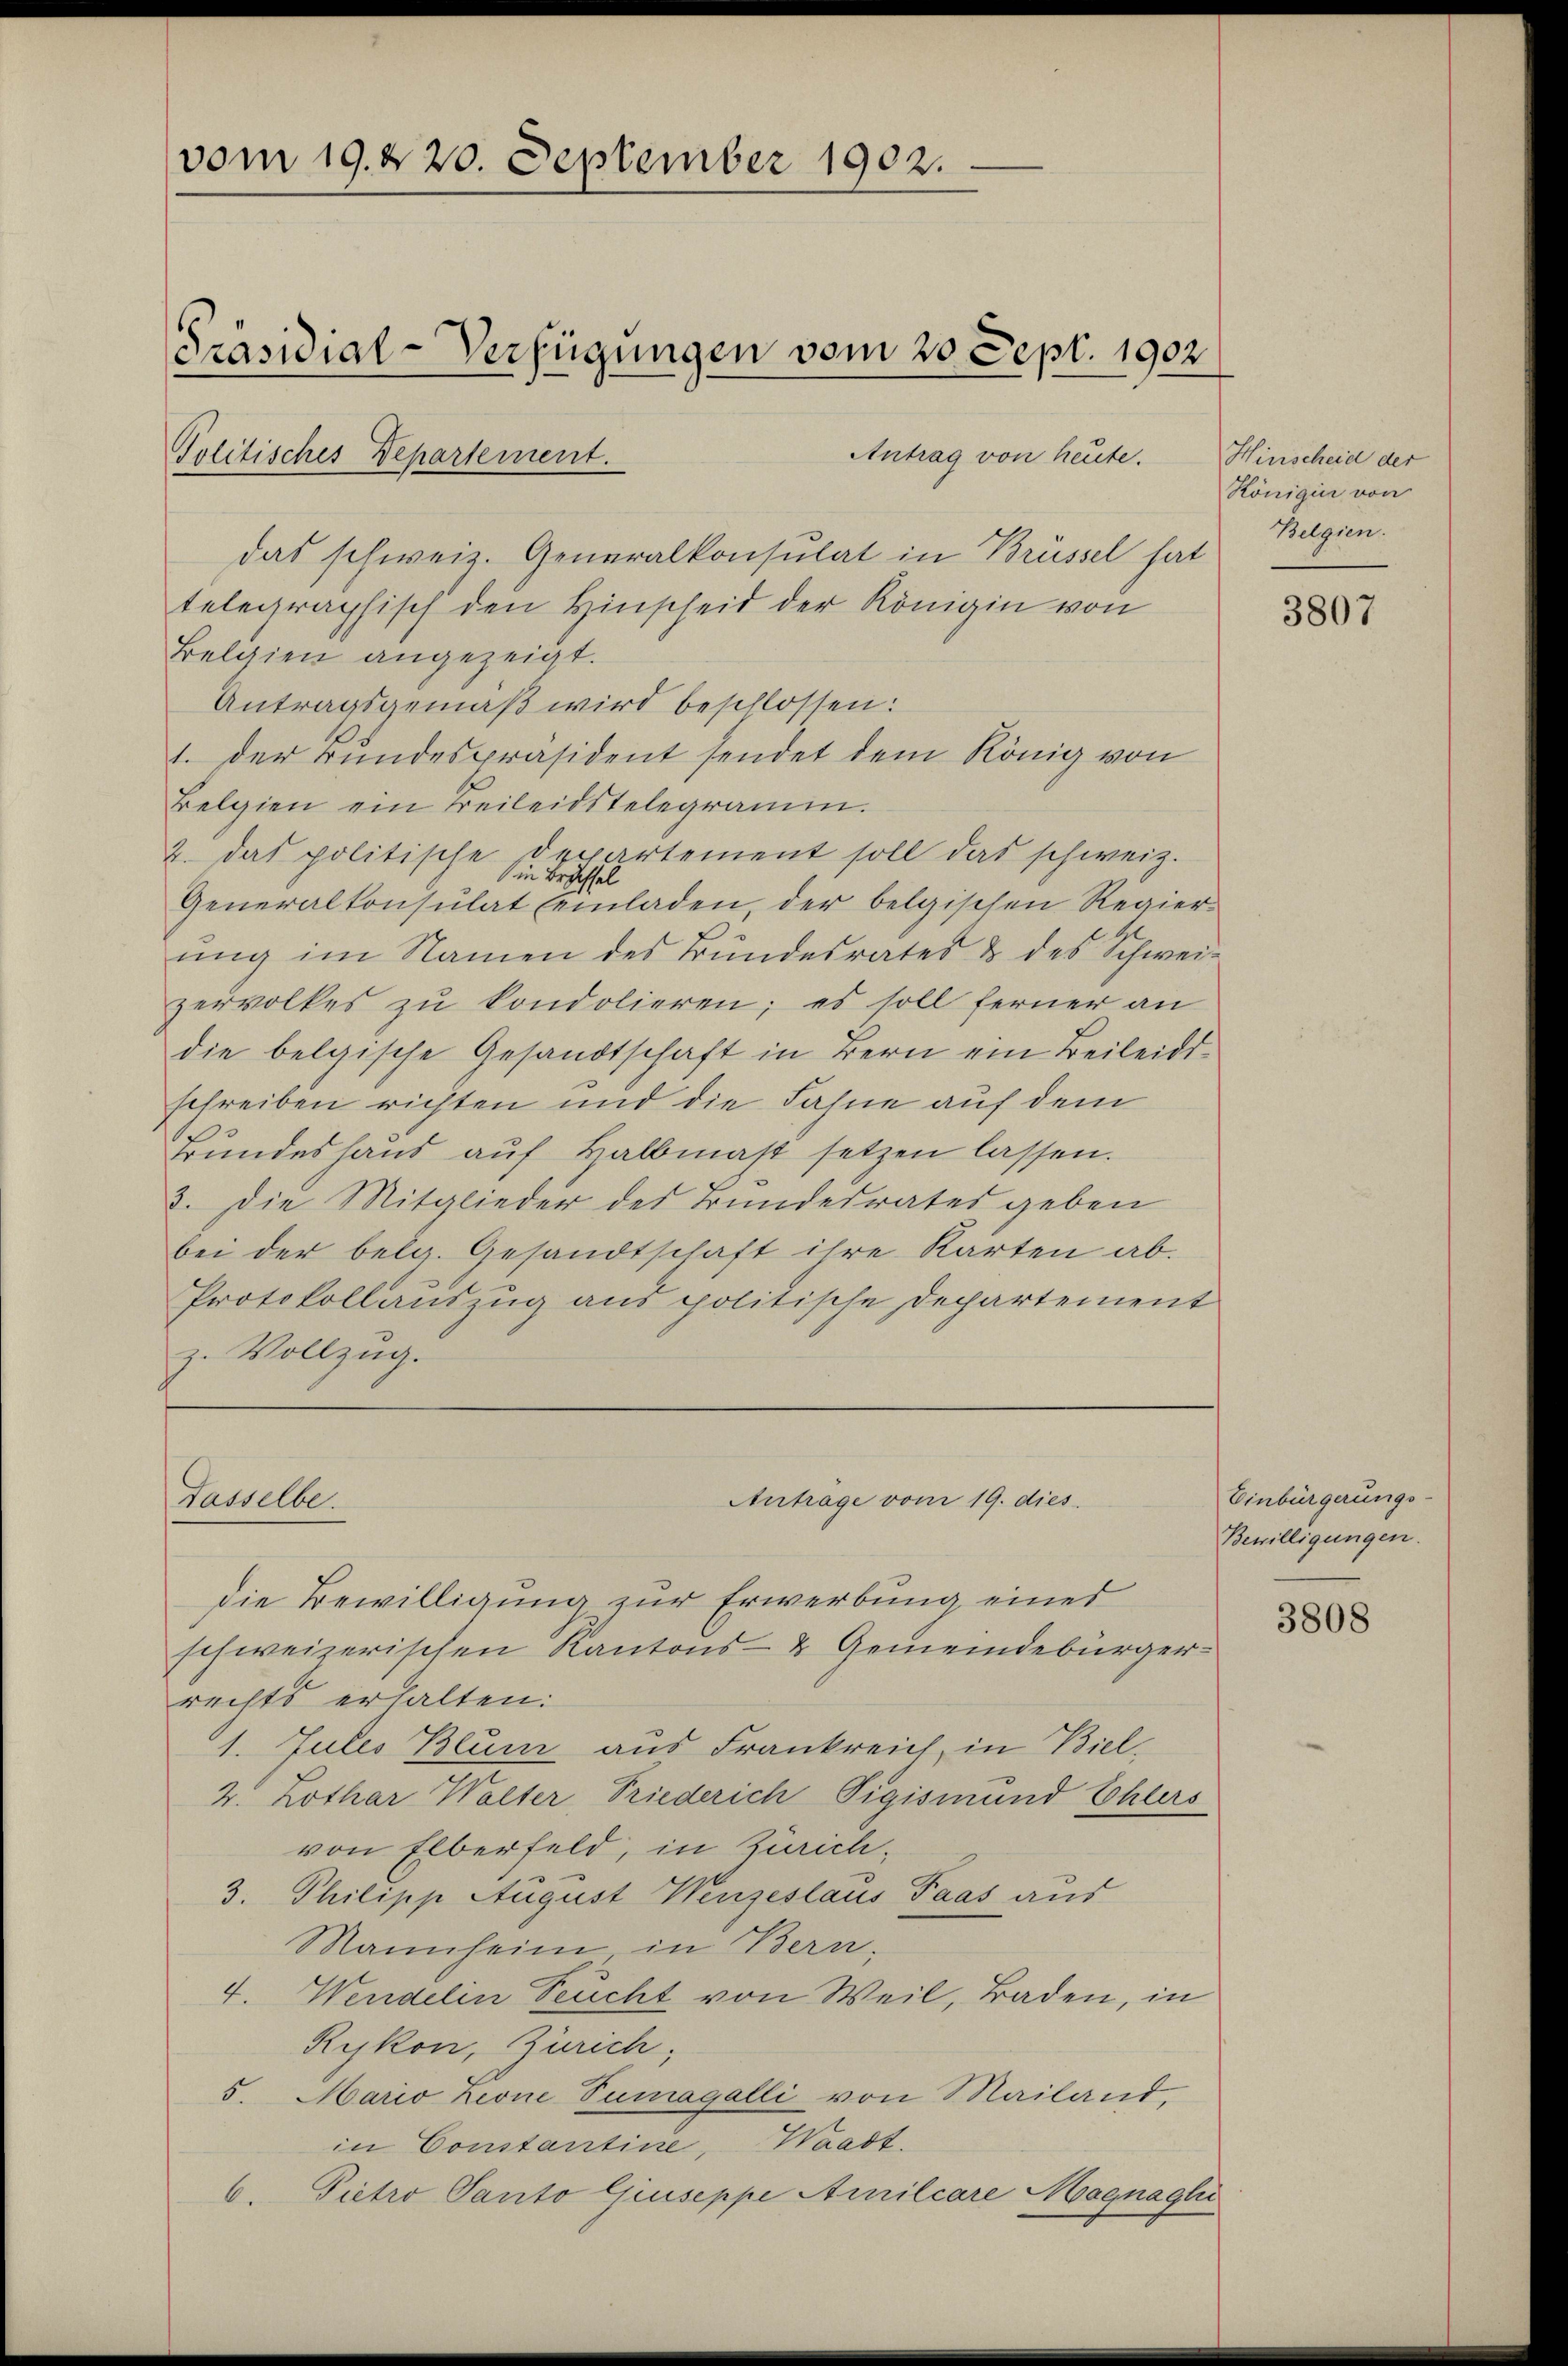
vom 19. d. 20. September 1902.
Präsidial-Verfügungen vom 20. Sept. 1902.
Antrag von heute.
Politisches Departement.

das schweiz. Generalkonsulat in Brüssel hat
telegraphisch den Hinscheid der Königin von
Belgien angezeigt.
Antragsgemäß wird beschlossen:
1. der Bundespräsident sendet dem König von
Belgien ein Teileidstelegramm.
.
2. das politische
in Expertement soll das schweiz.
Generalkonsulat (einladen, der belgischen Regier-
ŭng im Namen des Bundesrates & des Schweizervolkes zu kondolieren; es soll ferner an
die belgische Gesandtschaft in Bern ein Beileidischreiben richten und die Fahne auf dem
Bundeshaus auf Balbmast setzen lassen.
3. Die Mitglieder des Bundesrates geben
bei der belg. Gesandtschaft ihre Karten ab.
Protokollauszug aus politische Departement
z. Vollzug.

Anträge vom 19. dies.
Tasselbe.

die Bewilligung zur Erwerbung eines
schweizerischen Kantons- & Gemeindebürgerrechte erhalten:
1. Julis Blum aus Frankreich, in Biel,
2. Lothar Walter, Priederich Sigismund Ehlers
von Elberfeld, in Zürich¬
3. Philipp August Weiseslaus Paas aus
Mannheim in Bern,
4. Wendelen Teucht von Weil, Baden, in
Rykon, Zürich,
5. Mario Zione Tumagalli von Mailand,
in Constantine, Waadt.
6. Pietro Panto Giuseppe Auilcare Magnagli

Hinscheid der
Königin von
Belgien.

3807

Einbürgerungs-
Bewilligungen.

3808